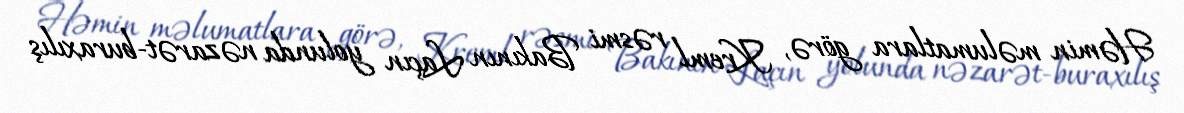
Həmin məlumatlara görə, Kreml rəsmi Bakının Laçın yolunda nəzarət-buraxılış